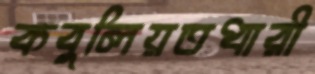
কবুলিয়তধারী